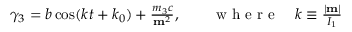
\begin{array} { r } { \gamma _ { 3 } = b \cos ( k t + k _ { 0 } ) + \frac { m _ { 3 } c } { { \bf m } ^ { 2 } } , \qquad \mathrm { ~ w ~ h ~ e ~ r ~ e ~ } \quad k \equiv \frac { | { \bf m } | } { I _ { 1 } } } \end{array}